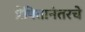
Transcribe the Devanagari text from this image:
प्रेषितानंतरचे